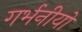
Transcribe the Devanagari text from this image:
गर्भनीयों